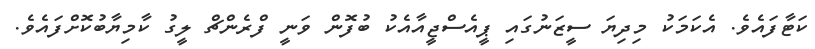
ކަޓާފައެވެ. އެކަމަކު މިދިޔަ ސީޒަނުގައި ޕީއެސްޖީއާއެކު ބުފޮން ވަނީ ފްރެންޗް ލީގު ކާމިޔާބުކޮށްފައެވެ.